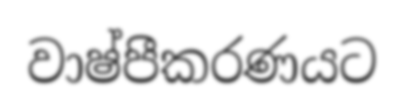
වාෂ්පීකරණයට